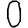
Digit: 0